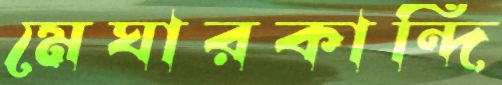
মেঘারকান্দি